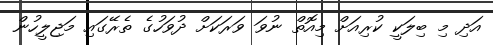
އަދި މި ބިލަކީ ކުރިއަށް މިއޮތް ނުވަ ވަރަކަށް ދުވަހުގެ ތެރޭގައި މަޖިލީހުން